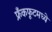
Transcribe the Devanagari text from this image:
फ्रँकफूटमध्ये